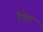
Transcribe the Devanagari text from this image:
रैफेट